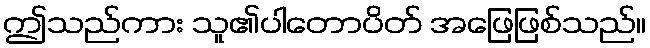
ဤသည်ကား သူ၏ပါတောပိတ် အဖြေဖြစ်သည်။